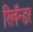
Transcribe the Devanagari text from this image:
रिलॅन्डर